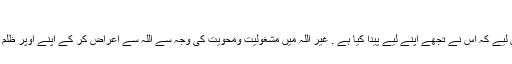
مجلس44)
* اللہ کے سوا ہر شے غیر اللہ ہے . تو اللہ کے مقابلے میں غیر اللہ کو قبول نہ کر اس لیے کہ اس نے تجھے اپنے لیے پیدا کیا ہے . غیر اللہ میں مشغولیت ومحویت کی وجہ سے اللہ سے اعراض کر کے اپنے اوپر ظلم نہ کر ورنہ اللہ تجھے ایسی آگ میں جھونک دے گا جس کا ایندھن آدمی اور پتھر ہیں۔